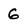
Character: 6